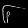
Digit: ၆